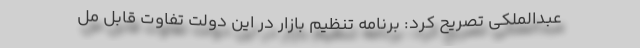
عبدالملکی تصریح کرد: برنامه تنظیم بازار در این دولت تفاوت قابل مل